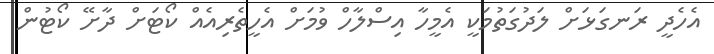
އެހެދީ ރަނގަޅަށް ލަދުގަތުމަކީ އެމީހާ އިސްލާހް ވުމަށް އެހީތެރިއެއް ކޯޓަށް ދާށޭ ކޯޓުން